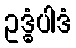
ဥဒ္ဓံပါဒံ